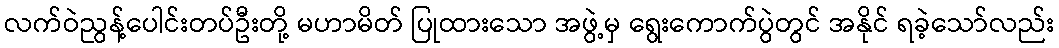
လက်ဝဲညွန့်ပေါင်းတပ်ဦးတို့ မဟာမိတ် ပြုထားသော အဖွဲ့မှ ရွေးကောက်ပွဲတွင် အနိုင် ရခဲ့သော်လည်း